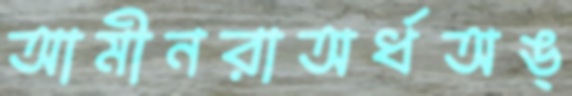
আমীনরাঅর্ধঅঙ্